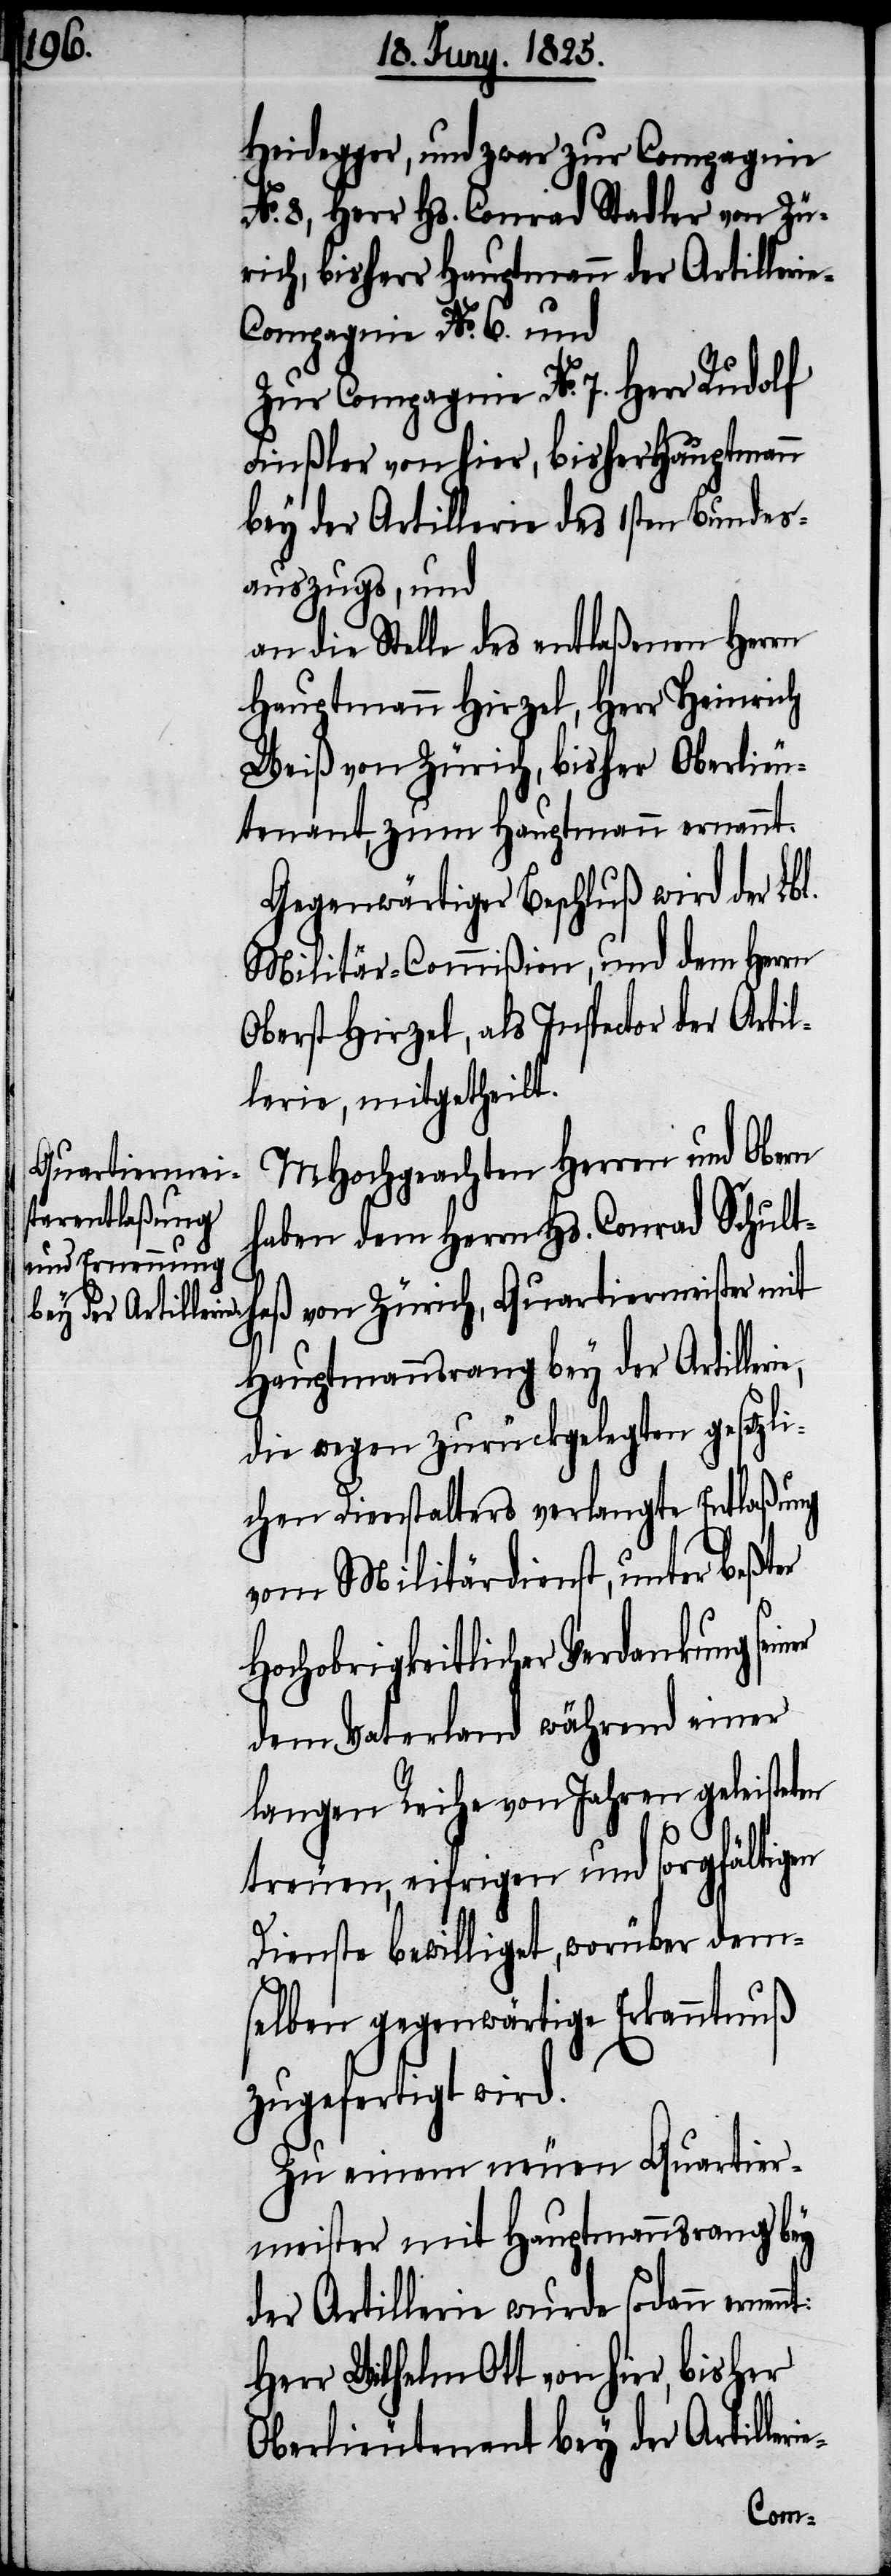
Heidegger, und zwar zur Compagnie
No. 8, Herr Hs. Conrad Stadler von Zü¬
rich, bisher Hauptmann der Artilleri¬
e-Compagnie No. 6. und
Zur Compagnie No. 7. Herr Rudolf
Finßler von hier, bisher Hauptmann
bey der Artillerie des 1sten Bundes¬
auszugs, und
an die Stelle des entlaßenen Herrn
Hauptmann Hirzel, Herr Heinrich
Weiß von Zürich, bisher Oberlieu¬
tenant, zum Hauptmann ernannt.
Gegenwärtiger Beschluß wird der Lbl.
Militär-Commißion, und dem Herrn
Oberst Hirzel, als Inspector der Artil¬
lerie, mitgetheilt.
MHochgeachten Herren und Obern
Quartier¬
haben dem Herrn Hs. Conrad Schultheß
die wegen zurückgelegten gesetzli¬
chen Dienstalters verlangte Entlaßung
vom Militärdienst, unter beßter
Hochobrigkeitlicher Verdankung
dem Vaterland während einer
langen Reihe von Jahren geleisteten
treuen, eifrigen und sorgfältigen
Dienste bewilligt, worüber dem¬
selben gegenwärtige Erkanntnuß
zugefertigt wird.
Zu einem neuen Quartier¬
meister mit Hauptmannsrang bey
der Artillerie wurde sodann
Herr Wilhelm Ott von hier, bisher
Oberlieutenant bey der Artiller¬
ie-